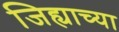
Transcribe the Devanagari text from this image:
जिह्याच्या